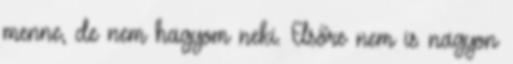
menne, de nem hagyom neki. Elsőre nem is nagyon